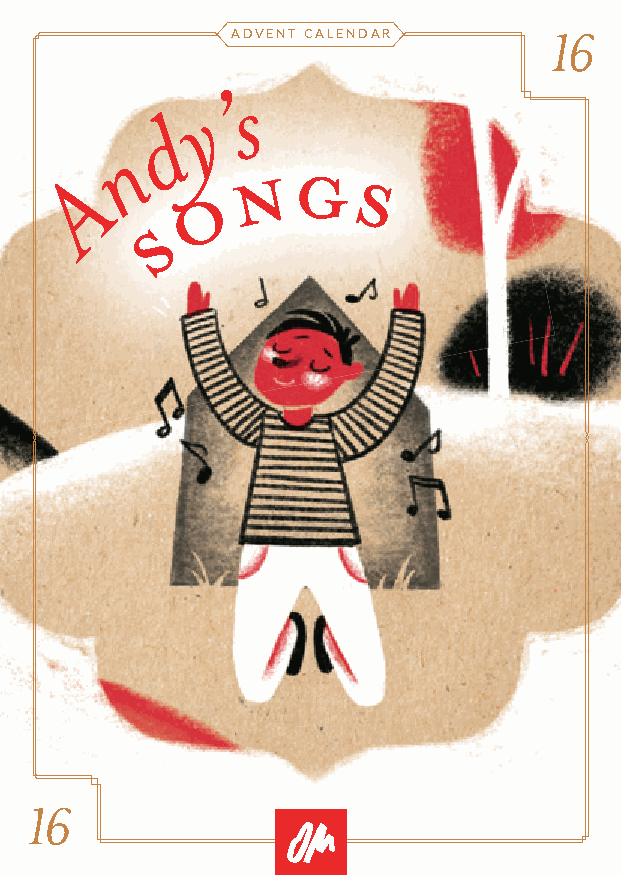
ADVENT CALENDAR      16
 ’ s
 y
 d
 n        NN GG
 OO        SS
 A
 SS
 16